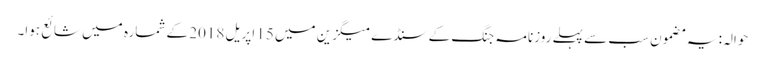
حوالہ: یہ مضمون سب سے پہلے روزنامہ جنگ کے سنڈے میگزین میں 15 اپریل 2018 کے شمارہ میں شائع ہوا۔